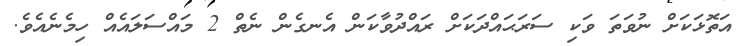
އަތޮޅަކަށް ނުވަތަ ވަކި ސަރަޙައްދަކަށް ރައްދުވާކަން އެނގެން ނެތް 2 މައްސަލައެއް ހިމެނެއެވެ.